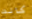
كانت